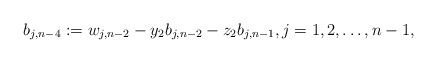
\begin{align*}b_{j,n-4}:=w_{j,n-2}-y_2b_{j,n-2}-z_2b_{j,n-1}, j=1,2,\ldots,n-1,\end{align*}